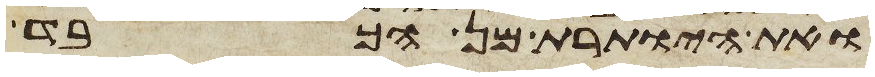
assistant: ואת היותרת מן הכבד